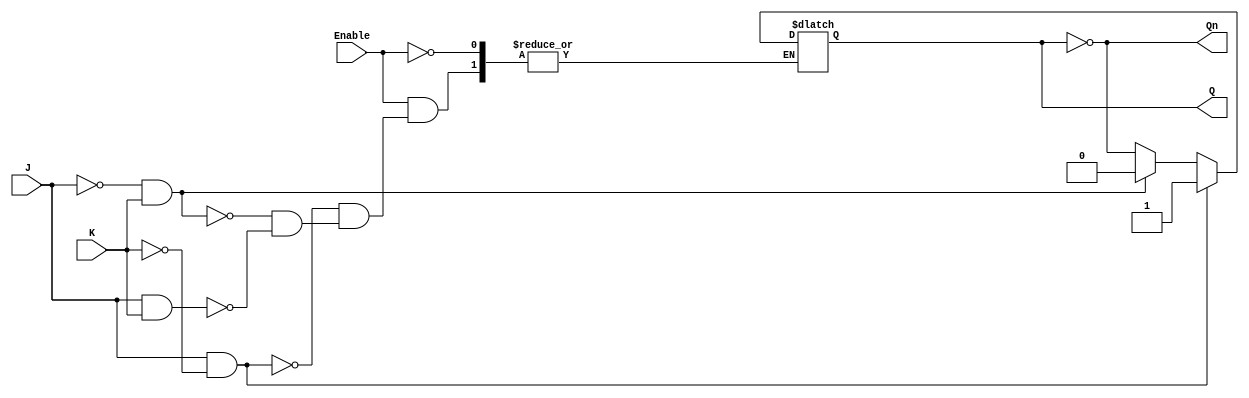
module gated_jk_latch (
    input wire J,        // Set input
    input wire K,        // Reset input
    input wire Enable,   // Control signal
    output reg Q,        // Current state output
    output wire Qn       // Inverted output
);

    // Inverted output
    assign Qn = ~Q;

    // Always block to implement the behavior of the Gated JK Latch
    always @ (Enable or J or K) begin
        if (Enable) begin
            if (J && ~K) begin
                Q <= 1;   // Set state
            end
            else if (~J && K) begin
                Q <= 0;   // Reset state
            end
            else if (J && K) begin
                Q <= ~Q;  // Toggle state
            end
            // If J = 0 and K = 0, retain previous state (no action needed)
        end
        // If Enable is low, retain previous state (no action needed)
    end

endmodule